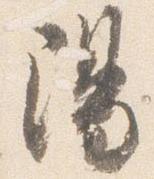
陽